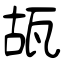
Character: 瓳